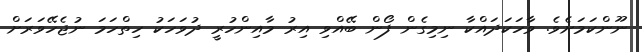
ނޫންކަމަށެވެ. ވާހަކަދައްކާ ނިމިގެން ފޯން ބޭއްވި އިރު މާއިންހުރީ ދުވަހަކު ހިތްހަމަ ނުޖެހޭވަރަށް